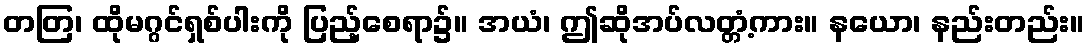
တတြ၊ ထိုမဂ္ဂင်ရှစ်ပါးကို ပြည့်စေရာ၌။ အယံ၊ ဤဆိုအပ်လတ္တံ့ကား။ နယော၊ နည်းတည်း။